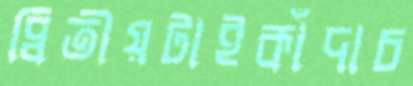
দ্বিতীয়টাইকাঁদাচ